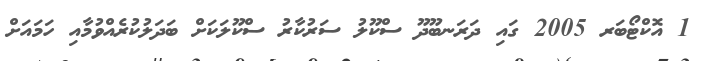
1 އޮކްޓޯބަރ 2005 ގައި ދަރަނބޫދޫ ސްކޫލު ސަރުކާރު ސްކޫލަކަށް ބަދަލުކުރެއްވުމާއި ހަމައަށް